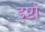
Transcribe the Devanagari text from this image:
इष्टो